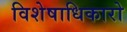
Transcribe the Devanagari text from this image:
विशेषाधिकारो